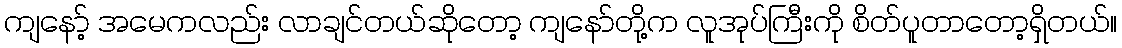
ကျနော့် အမေကလည်း လာချင်တယ်ဆိုတော့ ကျနော်တို့က လူအုပ်ကြီးကို စိတ်ပူတာတော့ရှိတယ်။